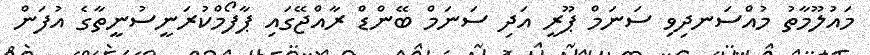
މައުލޫމާތު މުއްސަނދިވި ސަނަމް ޕޫރީ އަދި ސަނަމް ބޭންޑް ރާއްޖޭގައި ޕާފޯމްކުރަނީސުނީތާގެ އުފަން